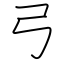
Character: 弓